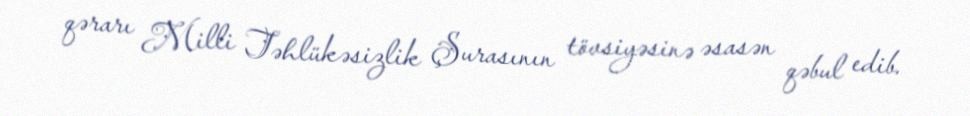
qərarı Milli Təhlükəsizlik Şurasının tövsiyəsinə əsasən qəbul edib.